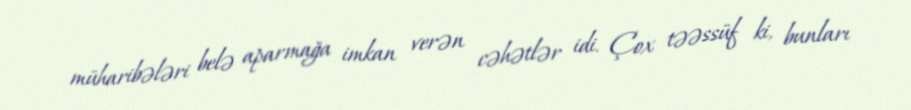
müharibələri belə aparmağa imkan verən cəhətlər idi. Çox təəssüf ki, bunları